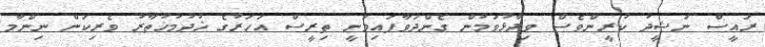
ރައީސް ނަޝީދު ކުރީންވެސް ވިދާޅުވަމުން ގެންދަވާފައިވަނީ ތިރީސް އަހަރުގެ ޚުދުމުޚުތާރު ވެރިކަން ނިންމާ